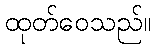
ထုတ်ဝေသည်။